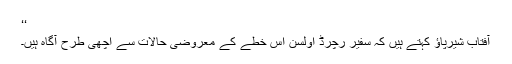
‘‘
آفتاب شیرپاؤ کہتے ہیں کہ سفیر رچرڈ اولسن اس خطے کے معروضی حالات سے اچھی طرح آگاہ ہیں۔